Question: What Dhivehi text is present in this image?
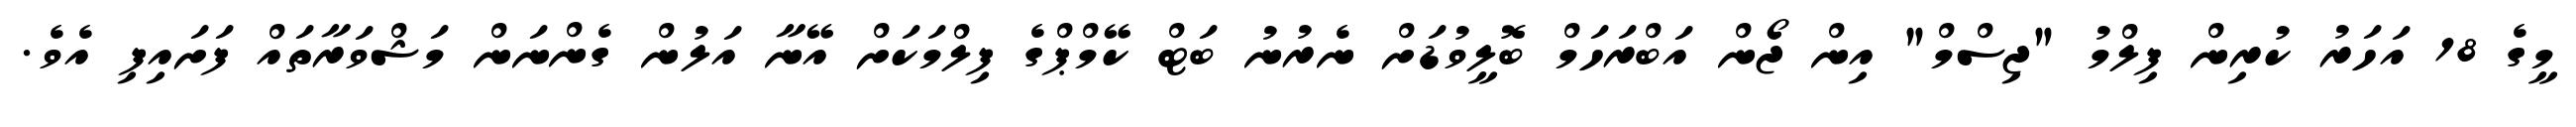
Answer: މީގެ 18 އަހަރު ކުރިން ފިލްމު "ޖިސްމް" އިން ޖޯން އަބްރަހަމް ބޮލީވުޑަށް ނެރުނު ބަޓް ކޭމްޕްގެ ފިލްމަކަށް އޭނާ އަލުން ގެންނަން މަޝްވަރާތައް ފަށައިފި އެވެ.